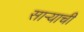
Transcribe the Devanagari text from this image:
साऱ्याची